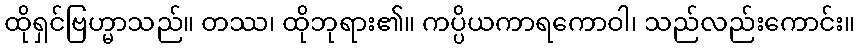
ထိုရှင်ဗြဟ္မာသည်။ တဿ၊ ထိုဘုရား၏။ ကပ္ပိယကာရကောဝါ၊ သည်လည်းကောင်း။